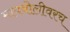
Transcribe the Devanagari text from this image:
मायबोलीवरच